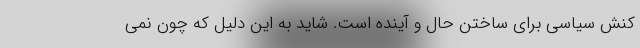
كنش سياسي براي ساختن حال و آينده است. شايد به اين دليل كه چون نمي